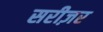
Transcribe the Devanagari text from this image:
सरीज़र